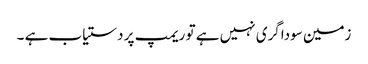
زمین سوداگری نہیں ہے تو ریمپ پر دستیاب ہے ۔